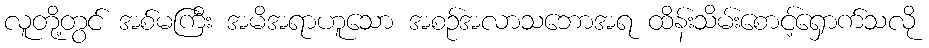
လူတို့တွင် အစ်မကြီး အမိအရာဟူသော အစဉ်အလာသဘောအရ ထိန်းသိမ်းစောင့်ရှောက်သလို